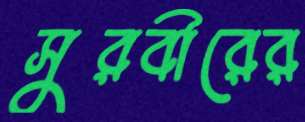
সুরবীরের